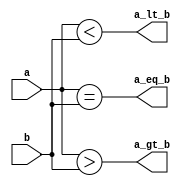
`timescale 1ns / 1ps
//////////////////////////////////////////////////////////////////////////////////
// Company: 
// Engineer: 
// 
// Design Name: 
// Module Name:    compar2 
// Project Name: 
// Target Devices: 
// Tool versions: 
// Description: 
//
// Dependencies: 
//
// Revision: 
// Revision 0.01 - File Created
// Additional Comments: 
//
//////////////////////////////////////////////////////////////////////////////////
module compar2(
		a,
		b,
		a_eq_b,
		a_gt_b,
		a_lt_b
	);

	// Port modes
	input  [1:0] a,b;
	output a_eq_b, a_gt_b, a_lt_b;
	
	// Registered identifiers
	reg a_eq_b, a_gt_b, a_lt_b;
	
	// Functionality
	always @ (a or b) begin
		a_eq_b <= (a == b);
		a_gt_b <= (a >  b);
		a_lt_b <= (a <  b);
	end
endmodule